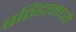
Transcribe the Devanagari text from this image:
बठिंडामध्ये